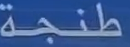
طنجة